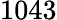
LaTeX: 1043